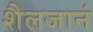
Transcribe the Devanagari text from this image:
शैलजानं